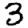
Digit: 3